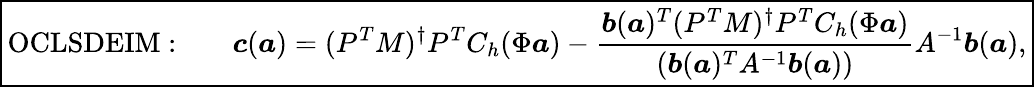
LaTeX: \boxed{\mathrm{OCLSDEIM:}\qquad\boldsymbol{c}(\boldsymbol{a})=(P^{T}M)^{\dagger}P^{T}C_{h}(\Phi\boldsymbol{a})-\frac{\boldsymbol{b}(\boldsymbol{a})^{T}(P^{T}M)^{\dagger}P^{T}C_{h}(\Phi\boldsymbol{a})}{(\boldsymbol{b}(\boldsymbol{a})^{T}A^{-1}\boldsymbol{b}(\boldsymbol{a}))}A^{-1}\boldsymbol{b}(\boldsymbol{a}),}